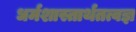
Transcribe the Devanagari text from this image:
धर्मशास्तार्थतत्वज्ञ